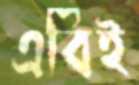
এবিই